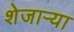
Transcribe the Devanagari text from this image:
शेजाऱ्या